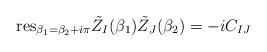
LaTeX: \begin{align*}{\rm res}_{\beta_1=\beta_2+i\pi}{\tilde Z}_I(\beta_1){\tilde Z}_J(\beta_2)=-iC_{IJ}\end{align*}